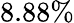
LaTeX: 8.88\%